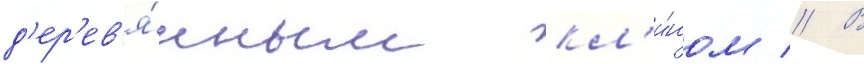
д'ер'ев'я́нным кл'и́ном // В